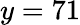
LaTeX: y=71